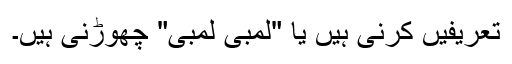
تعریفیں کرنی ہیں یا "لمبی لمبی" چھوڑنی ہیں۔